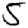
Digit: 5